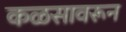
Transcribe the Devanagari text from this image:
कळसावरून